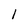
Character: 1